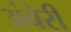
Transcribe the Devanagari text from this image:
अंबेरी